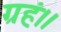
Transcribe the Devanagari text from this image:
ग्रहं।।